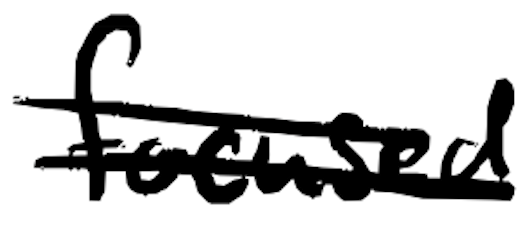
Text: focused
Cross-out: mix
Writing tool: digital_black